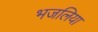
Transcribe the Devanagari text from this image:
भजलिया